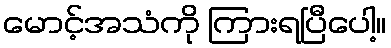
မောင့်အသံကို ကြားရပြီပေါ့။